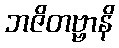
ဘဇိတဗ္ဗာနိ